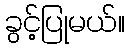
ခွင့်ပြုမယ်။